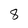
Character: 8